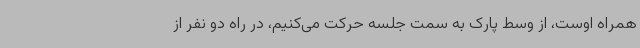
همراه اوست، از وسط پارک به سمت جلسه حرکت می‌کنیم، در راه دو نفر از